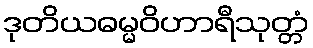
ဒုတိယဓမ္မဝိဟာရီသုတ္တံ